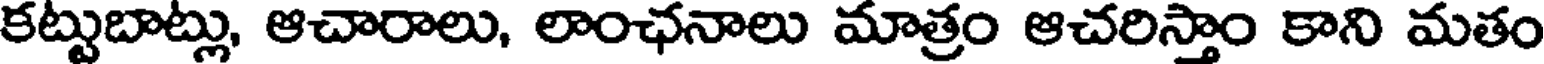
కట్టుబాట్లు, ఆచారాలు, లాంఛనాలు మాత్రం ఆచరిస్తాం కాని మతం